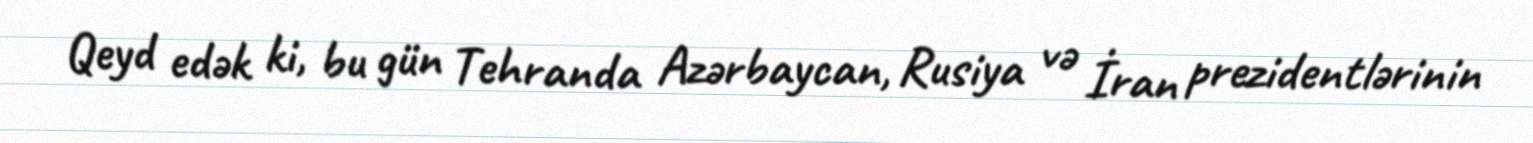
Qeyd edək ki, bu gün Tehranda Azərbaycan, Rusiya və İran prezidentlərinin